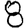
Digit: 8